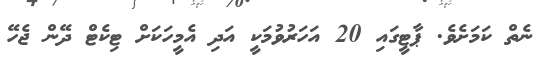
ނެތް ކަމަށެވެ. ޕާޓީގައި 20 އަހަރުވުމަކީ އަދި އެމީހަކަށް ޓިކެޓް ދޭން ޖެހޭ